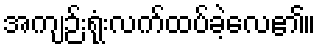
အကျဉ်းရုံးလက်ထပ်ခဲ့လေ၏။